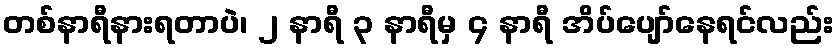
တစ်နာရီနားရတာပဲ၊ ၂ နာရီ ၃ နာရီမှ ၄ နာရီ အိပ်ပျော်နေရင်လည်း